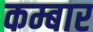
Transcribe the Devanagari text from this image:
कम्बार